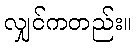
လျှင်ကတည်း။